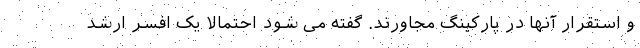
و استقرار آنها در پارکینگ مجاورند. گفته می شود احتمالا یک افسر ارشد